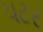
પટર